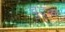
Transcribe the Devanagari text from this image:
चुटूक